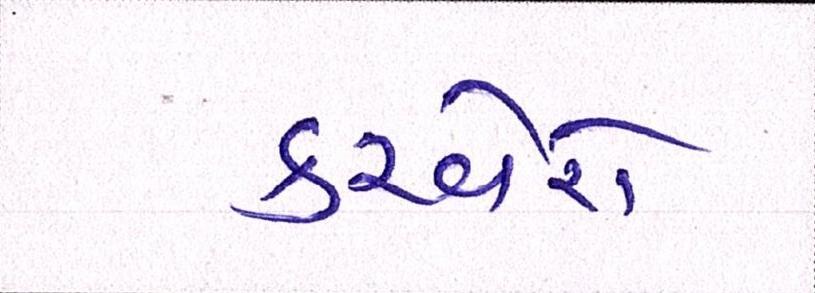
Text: કરવેરો